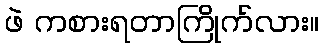
ဖဲ ကစားရတာကြိုက်လား။